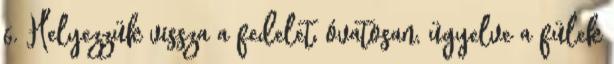
6. Helyezzük vissza a fedelet, óvatosan, ügyelve a fülek